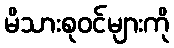
မိသားစုဝင်များကို